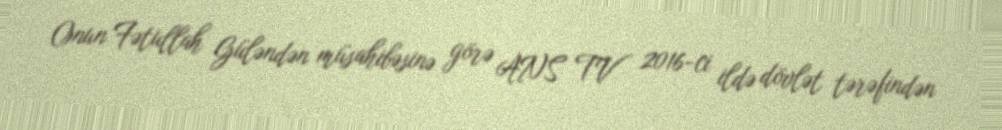
Onun Fətullah Güləndən müsahibəsinə görə ANS TV 2016-ci ildə dövlət tərəfindən